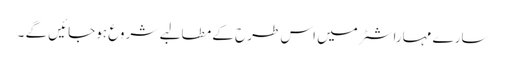
سارے مہاراشٹر میں اس طرح کے مطالبے شروع ہوجائیں گے ۔